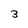
Character: 3